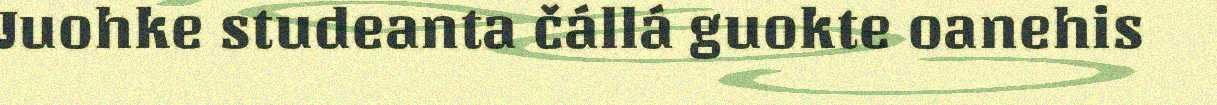
Juohke studeanta čállá guokte oanehis